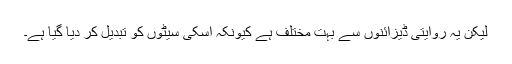
لیکن یہ روایتی ڈیزائنوں سے بہت مختلف ہے کیونکہ اسکی سیٹوں کو تبدیل کر دیا گیا ہے۔